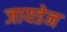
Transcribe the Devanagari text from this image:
जायडेन